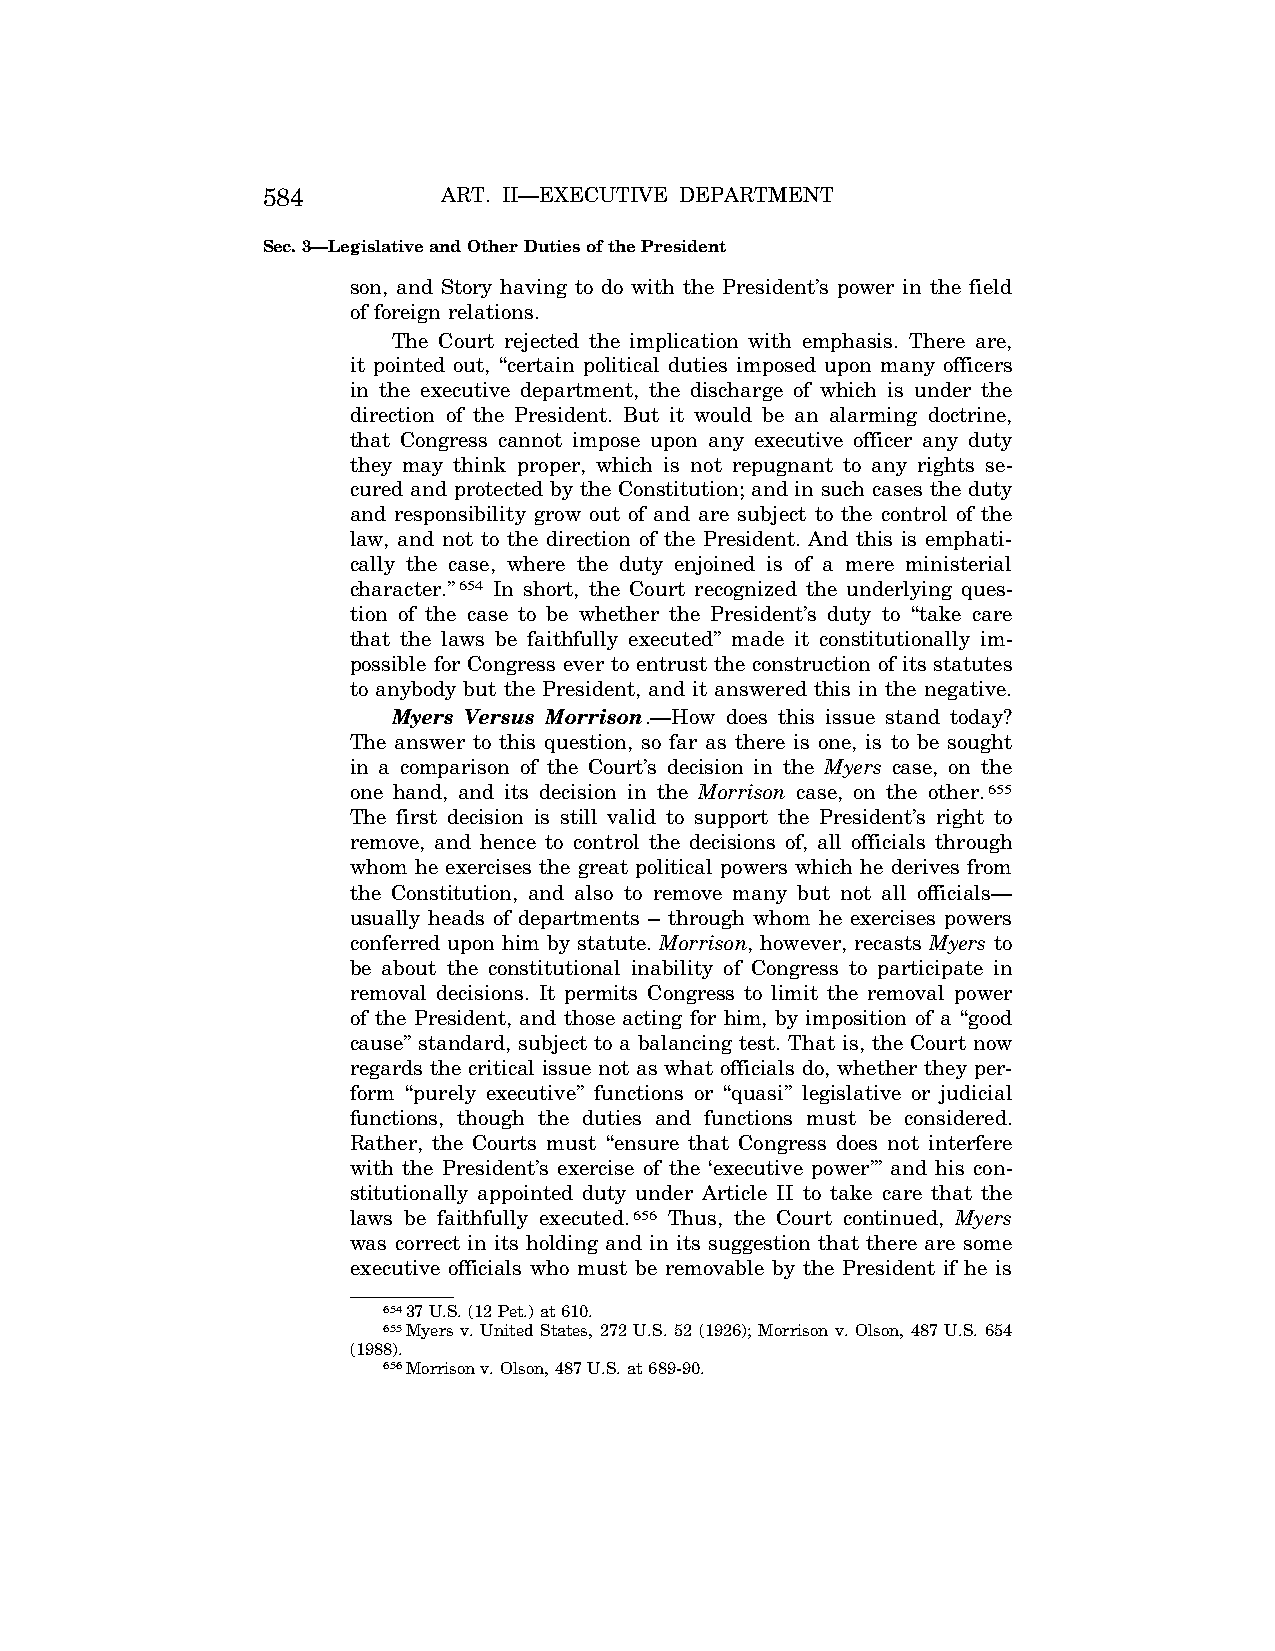
584         ART. II—EXECUTIVE DEPARTMENT
 Sec. 3—Legislative and Other Duties of the President
 son, and Story having to do with the President’s power in the field
 of foreign relations.
 The Court rejected the implication with emphasis. There are,
 it pointed out, ‘‘certain political duties imposed upon many officers
 in the executive department, the discharge of which is under the
 direction of the President. But it would be an alarming doctrine,
 that Congress cannot impose upon any executive officer any duty
 they may think proper, which is not repugnant to any rights se-
 cured and protected by the Constitution; and in such cases the duty
 and responsibility grow out of and are subject to the control of the
 law, and not to the direction of the President. And this is emphati-
 cally the case, where the duty enjoined is of a mere ministerial
 character.’’654 In short, the Court recognized the underlying ques-
 tion of the case to be whether the President’s duty to ‘‘take care
 that the laws be faithfully executed’’ made it constitutionally im-
 possible for Congress ever to entrust the construction of its statutes
 to anybody but the President, and it answered this in the negative.
 Myers Versus Morrison.—How does this issue stand today?
 The answer to this question, so far as there is one, is to be sought
 in a comparison of the Court’s decision in the Myers case, on the
 one hand, and its decision in the Morrison case, on the other.655
 The first decision is still valid to support the President’s right to
 remove, and hence to control the decisions of, all officials through
 whom he exercises the great political powers which he derives from
 the Constitution, and also to remove many but not all officials—
 usually heads of departments – through whom he exercises powers
 conferred upon him by statute. Morrison, however, recasts Myers to
 be about the constitutional inability of Congress to participate in
 removal decisions. It permits Congress to limit the removal power
 of the President, and those acting for him, by imposition of a ‘‘good
 cause’’ standard, subject to a balancing test. That is, the Court now
 regards the critical issue not as what officials do, whether they per-
 form ‘‘purely executive’’ functions or ‘‘quasi’’ legislative or judicial
 functions, though the duties and functions must be considered.
 Rather, the Courts must ‘‘ensure that Congress does not interfere
 with the President’s exercise of the ‘executive power’’’ and his con-
 stitutionally appointed duty under Article II to take care that the
 laws be faithfully executed.656 Thus, the Court continued, Myers
 was correct in its holding and in its suggestion that there are some
 executive officials who must be removable by the President if he is
 65437 U.S. (12 Pet.) at 610.
 655Myers v. United States, 272 U.S. 52 (1926); Morrison v. Olson, 487 U.S. 654
 (1988).
 656Morrison v. Olson, 487 U.S. at 689-90.
 VerDate Aug<04>2004 13:21 Oct 06, 2004 Jkt 077500 PO 00000 Frm 00152 Fmt 8222 Sfmt 8222 C:\CONAN\CON011.SGM PRFM99 PsN: CON011